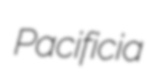
Pacificia